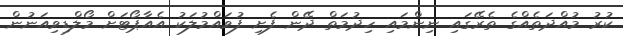
ކުރު މުއްދަތެއްގެ ތެރޭގައި ނިންމައި ހިދުމަތް ދޭން ފެށި ފުވައްމުލަކު އެއާޕޯޓަށް މޯލްޑިވިއަނުން